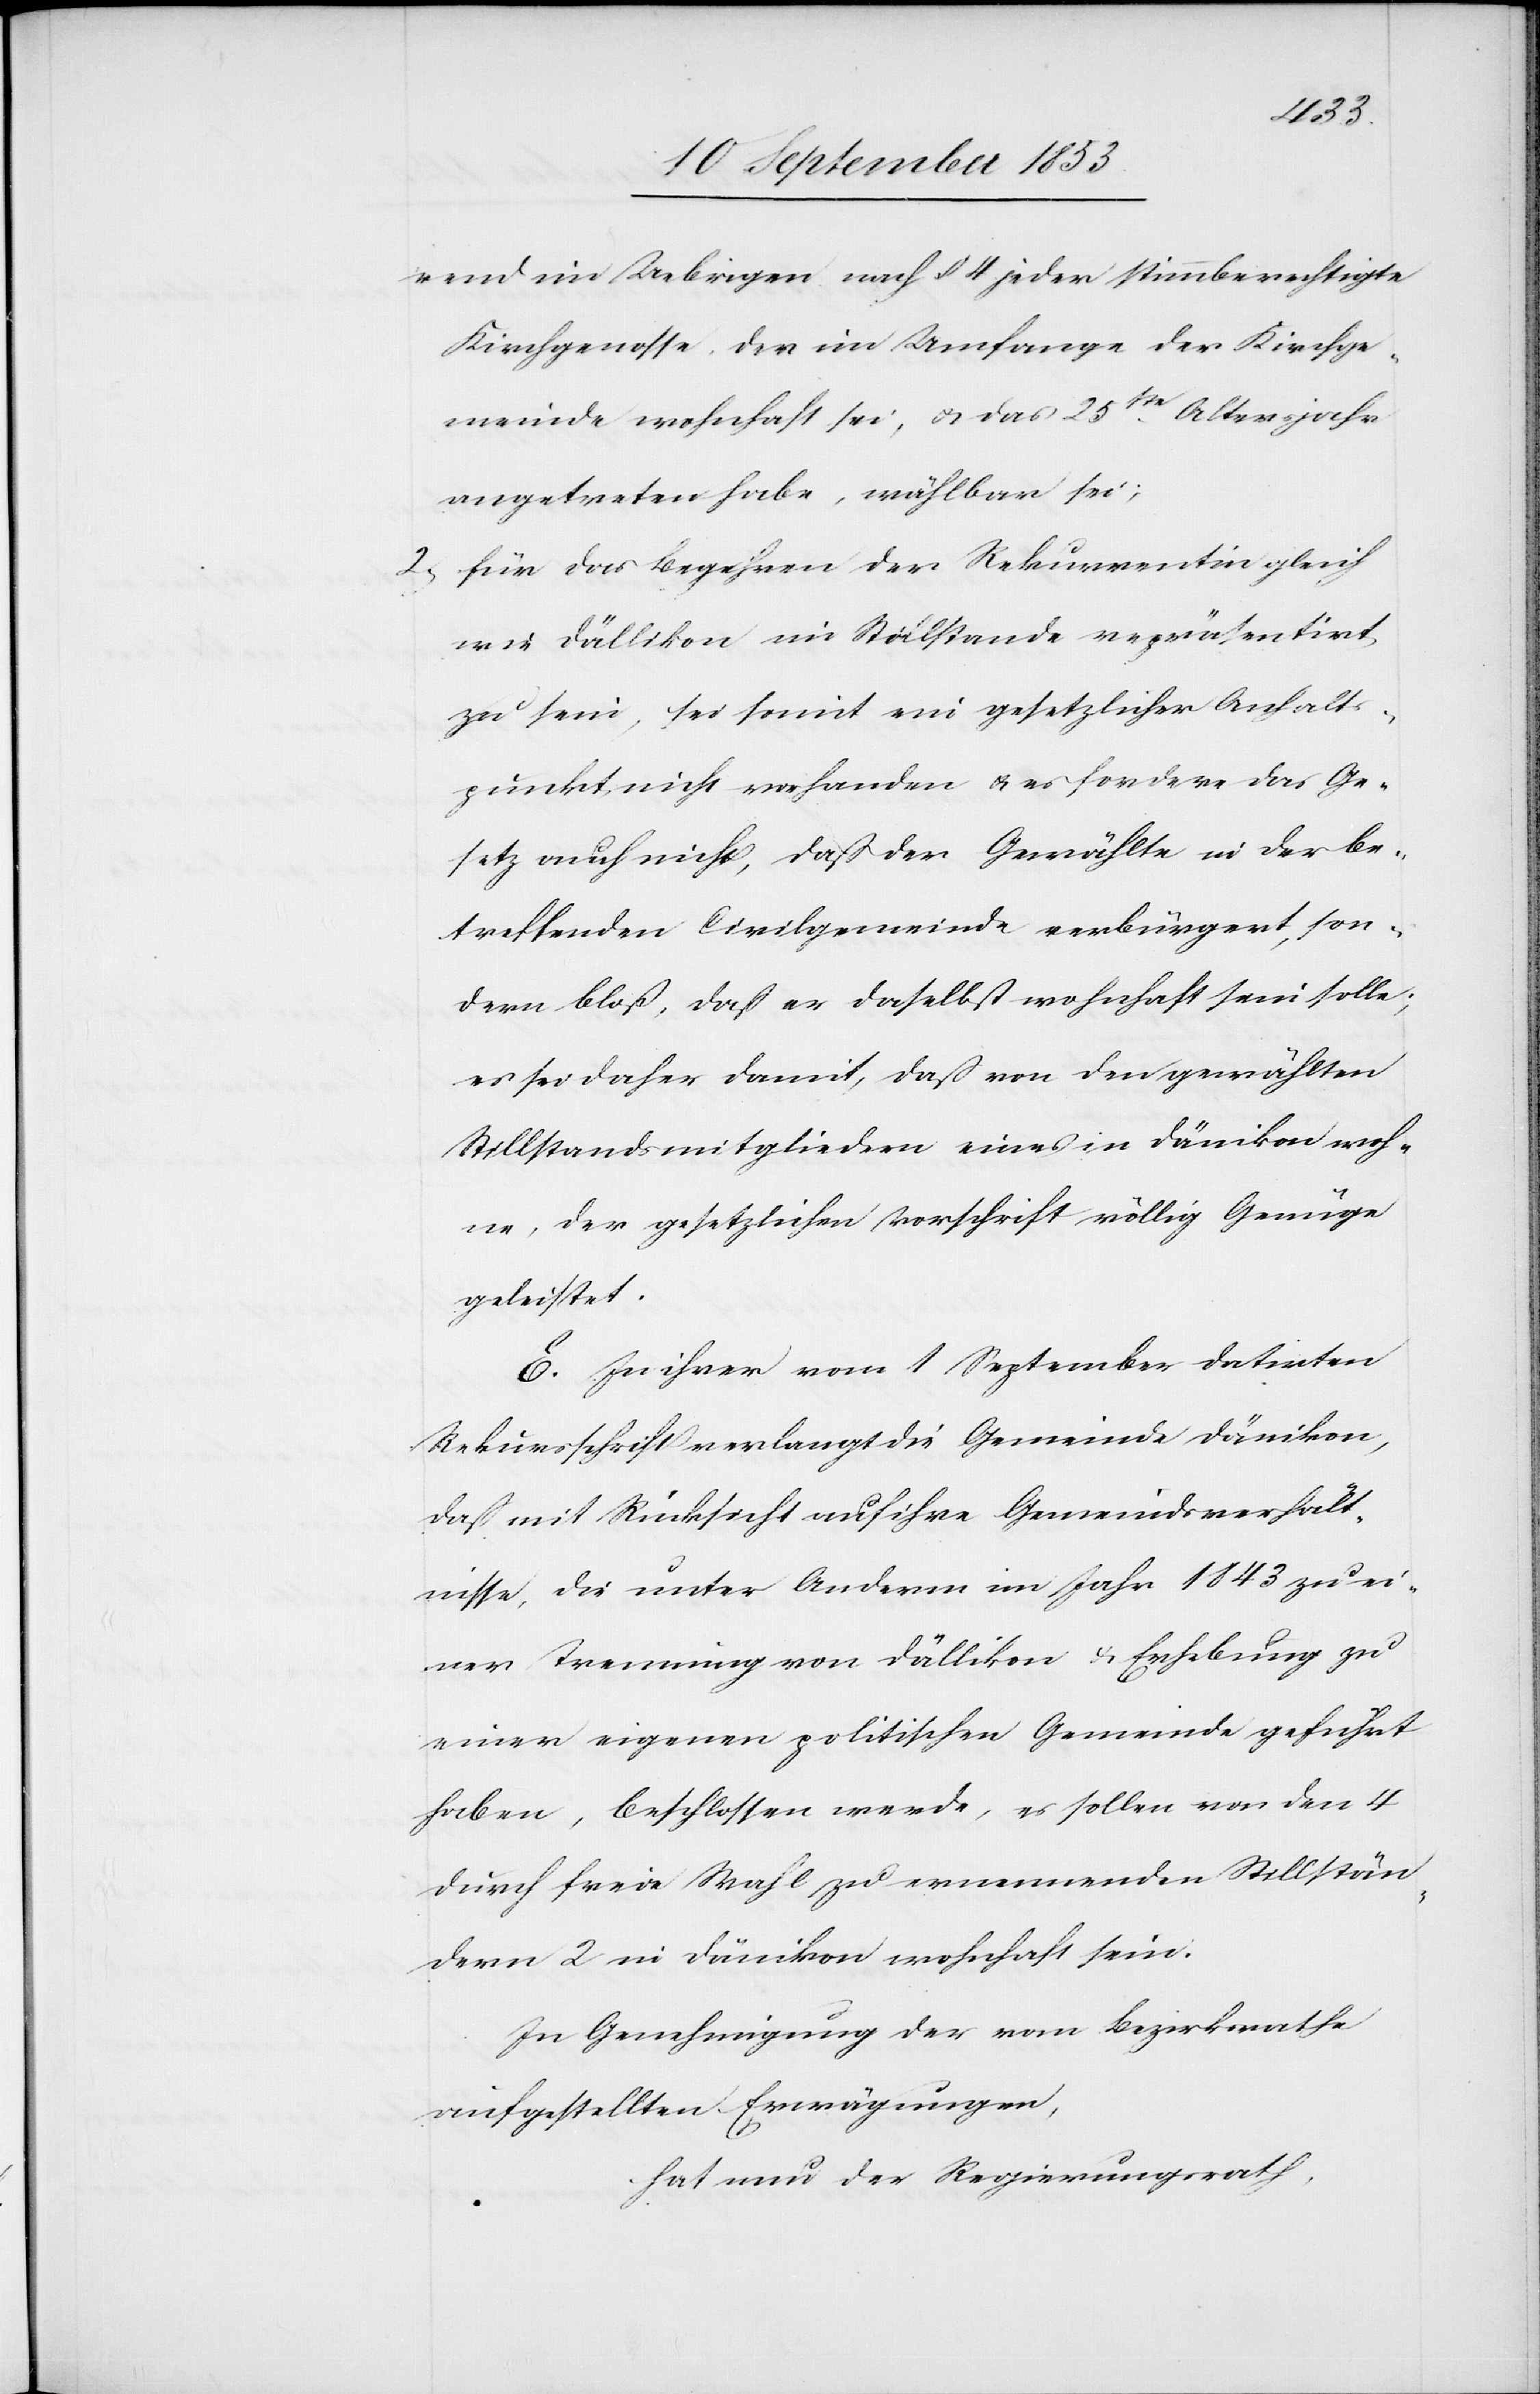
rend im Uebrigen nach § 4 jeder stimmberechtigte
Kirchgenosse, der im Umfange der Kirchge¬
meinde wohnhaft sei, u. das 25ste Altersjahre
angetreten habe, wählbar sei;
2, für das Begehren der Rekurrentin gleich
wie Dällikon im Stillstande repräsentirt
zu sein, sei somit ein gesetzlicher Anhalt¬
spunkt nicht vorhanden u. es fordere das Ge¬
setz auch nicht, daß der Gewählte in der be¬
treffenden Civilgemeinde verbürgert, son¬
dern bloß, daß er daselbst wohnhaft sein solle;
es sei daher damit, daß von den gewählten
Stillstandsmitgliedern eines in Dänikon woh¬
ne, der gesetzlichen Vorschrift völlig Genüge
geleistet.
E. In ihrer vom 1 September datirten
Rekursschrift verlangt die Gemeinde Dänikon,
daß mit Rücksicht auf ihre Gemeindsverhält¬
nisse, die unter Anderm im Jahr 1843 zu ei¬
ner Trennung von Dällikon u. Erhebung zu
einer eigenen politischen Gemeinde geführt
haben, beschlossen werde, es sollen von den 4
durch freie Wahl zu ernennenden Stillstän¬
de 2 in Dänikon wohnhaft sein.
In Genehmigung der vom Bezirksrathe
aufgestellten Erwägungen,
hat nun der Regierungsrath,